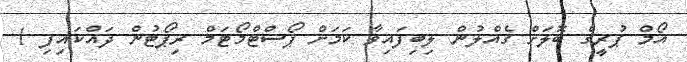
އޯމް ޕުރީގެ ބޮލަށް ގެއްލުން ލިބިފައިވާ ކަމަށް ޕޯސްޓްމޯޓަމް ރިޕޯޓުން ދައްކައިފި 1